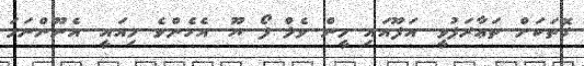
ގޮތަކަށް ތަޢާރަފުވީ. އަފޫއައި މީން ވެލް ފޯ ޔޫ. އެހެންވެ މިއައީ. އެނޫންނަމަ